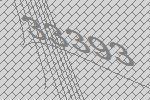
33393